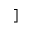
]